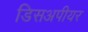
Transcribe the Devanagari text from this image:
डिसअपीयर